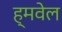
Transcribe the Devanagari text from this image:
ह्मवेल